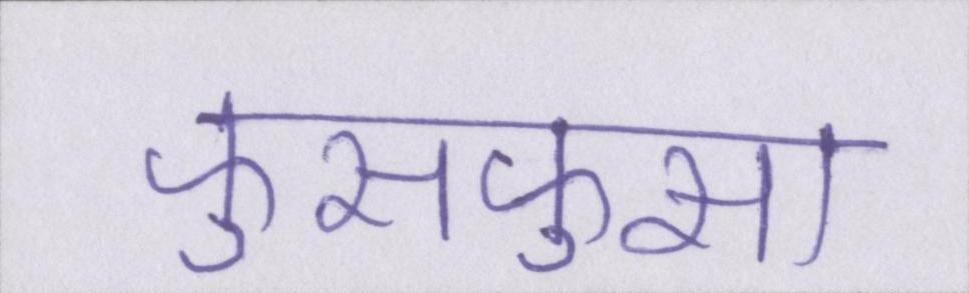
फुसफुसा